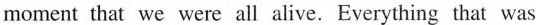
moment that we were all alive.Everything that was